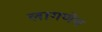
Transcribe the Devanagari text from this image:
लागणेच